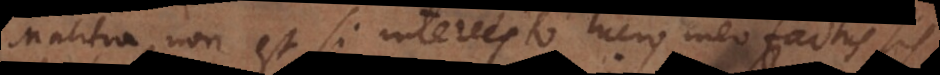
Malitia non est si intercepto lucro meo factus sis